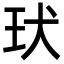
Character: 㺴